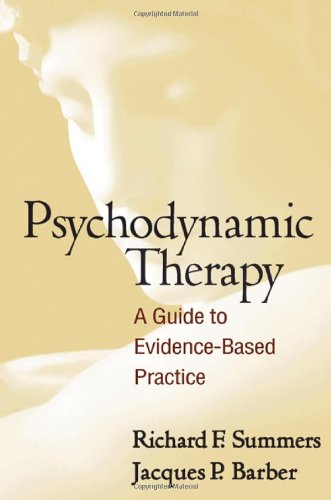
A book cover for Psychodynamic Therapy: A Guide to Evidence-Based Practice; Richard F. Summers MD; Medical Books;